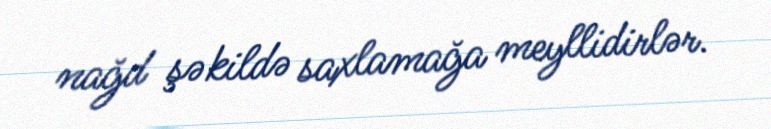
nağd şəkildə saxlamağa meyllidirlər.